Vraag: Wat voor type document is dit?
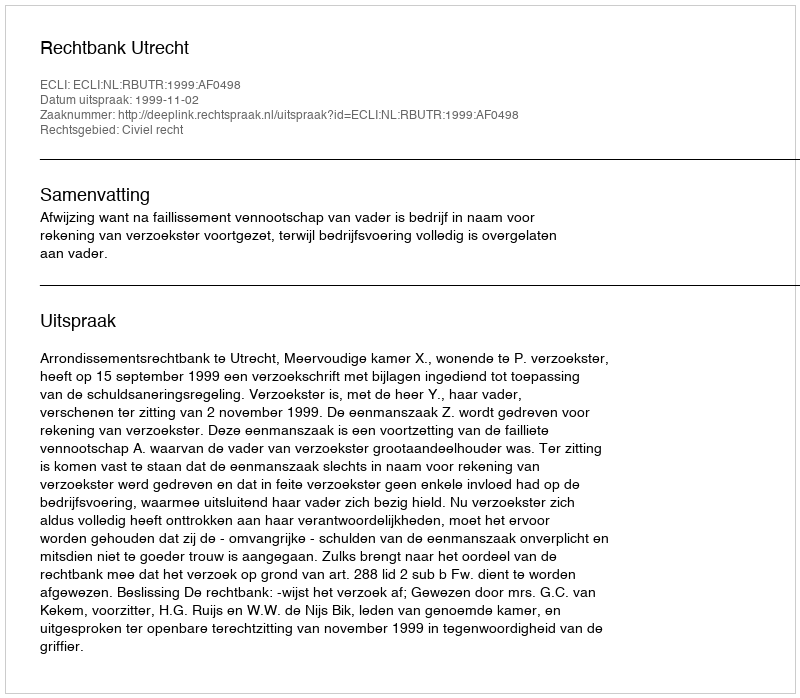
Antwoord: Uitspraak